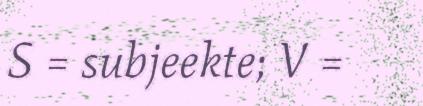
S = subjeekte; V =